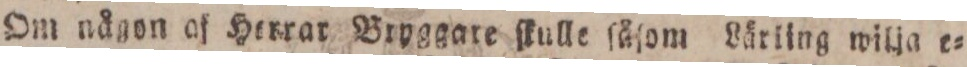
Om någon af Herrar Bryggare ſkulle ſåſom Lärling wilja e=